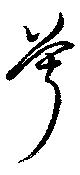
兮